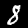
Label: 8